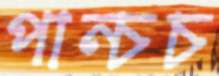
পান্চচ